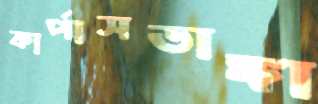
কার্পাসডাঙ্গা